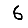
Digit: 6